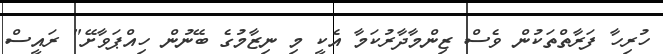
ހުރިހާ ފަރާތްތަކުން ވެސް ޒިންމާދާރުކަމާ އެކީ މި ނިޒާމުގެ ބޭނުން ހިއްޕަވާށޭ" ރައީސް